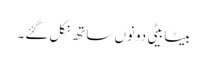
بیٹا بیٹی دونوں ساتھ نکل گئے۔